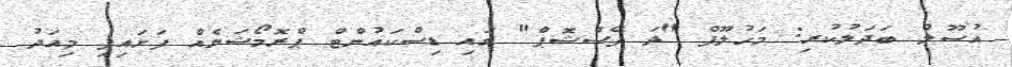
އުސޫލު ބަދަލުކުރި: މަހުލޫފް "ދަ ފޭސްޝޮޕް" ގައި ޑިސްކައުންޓް ޕްރޮމޯޝަނެއް ފަށައިފި މިއަދު